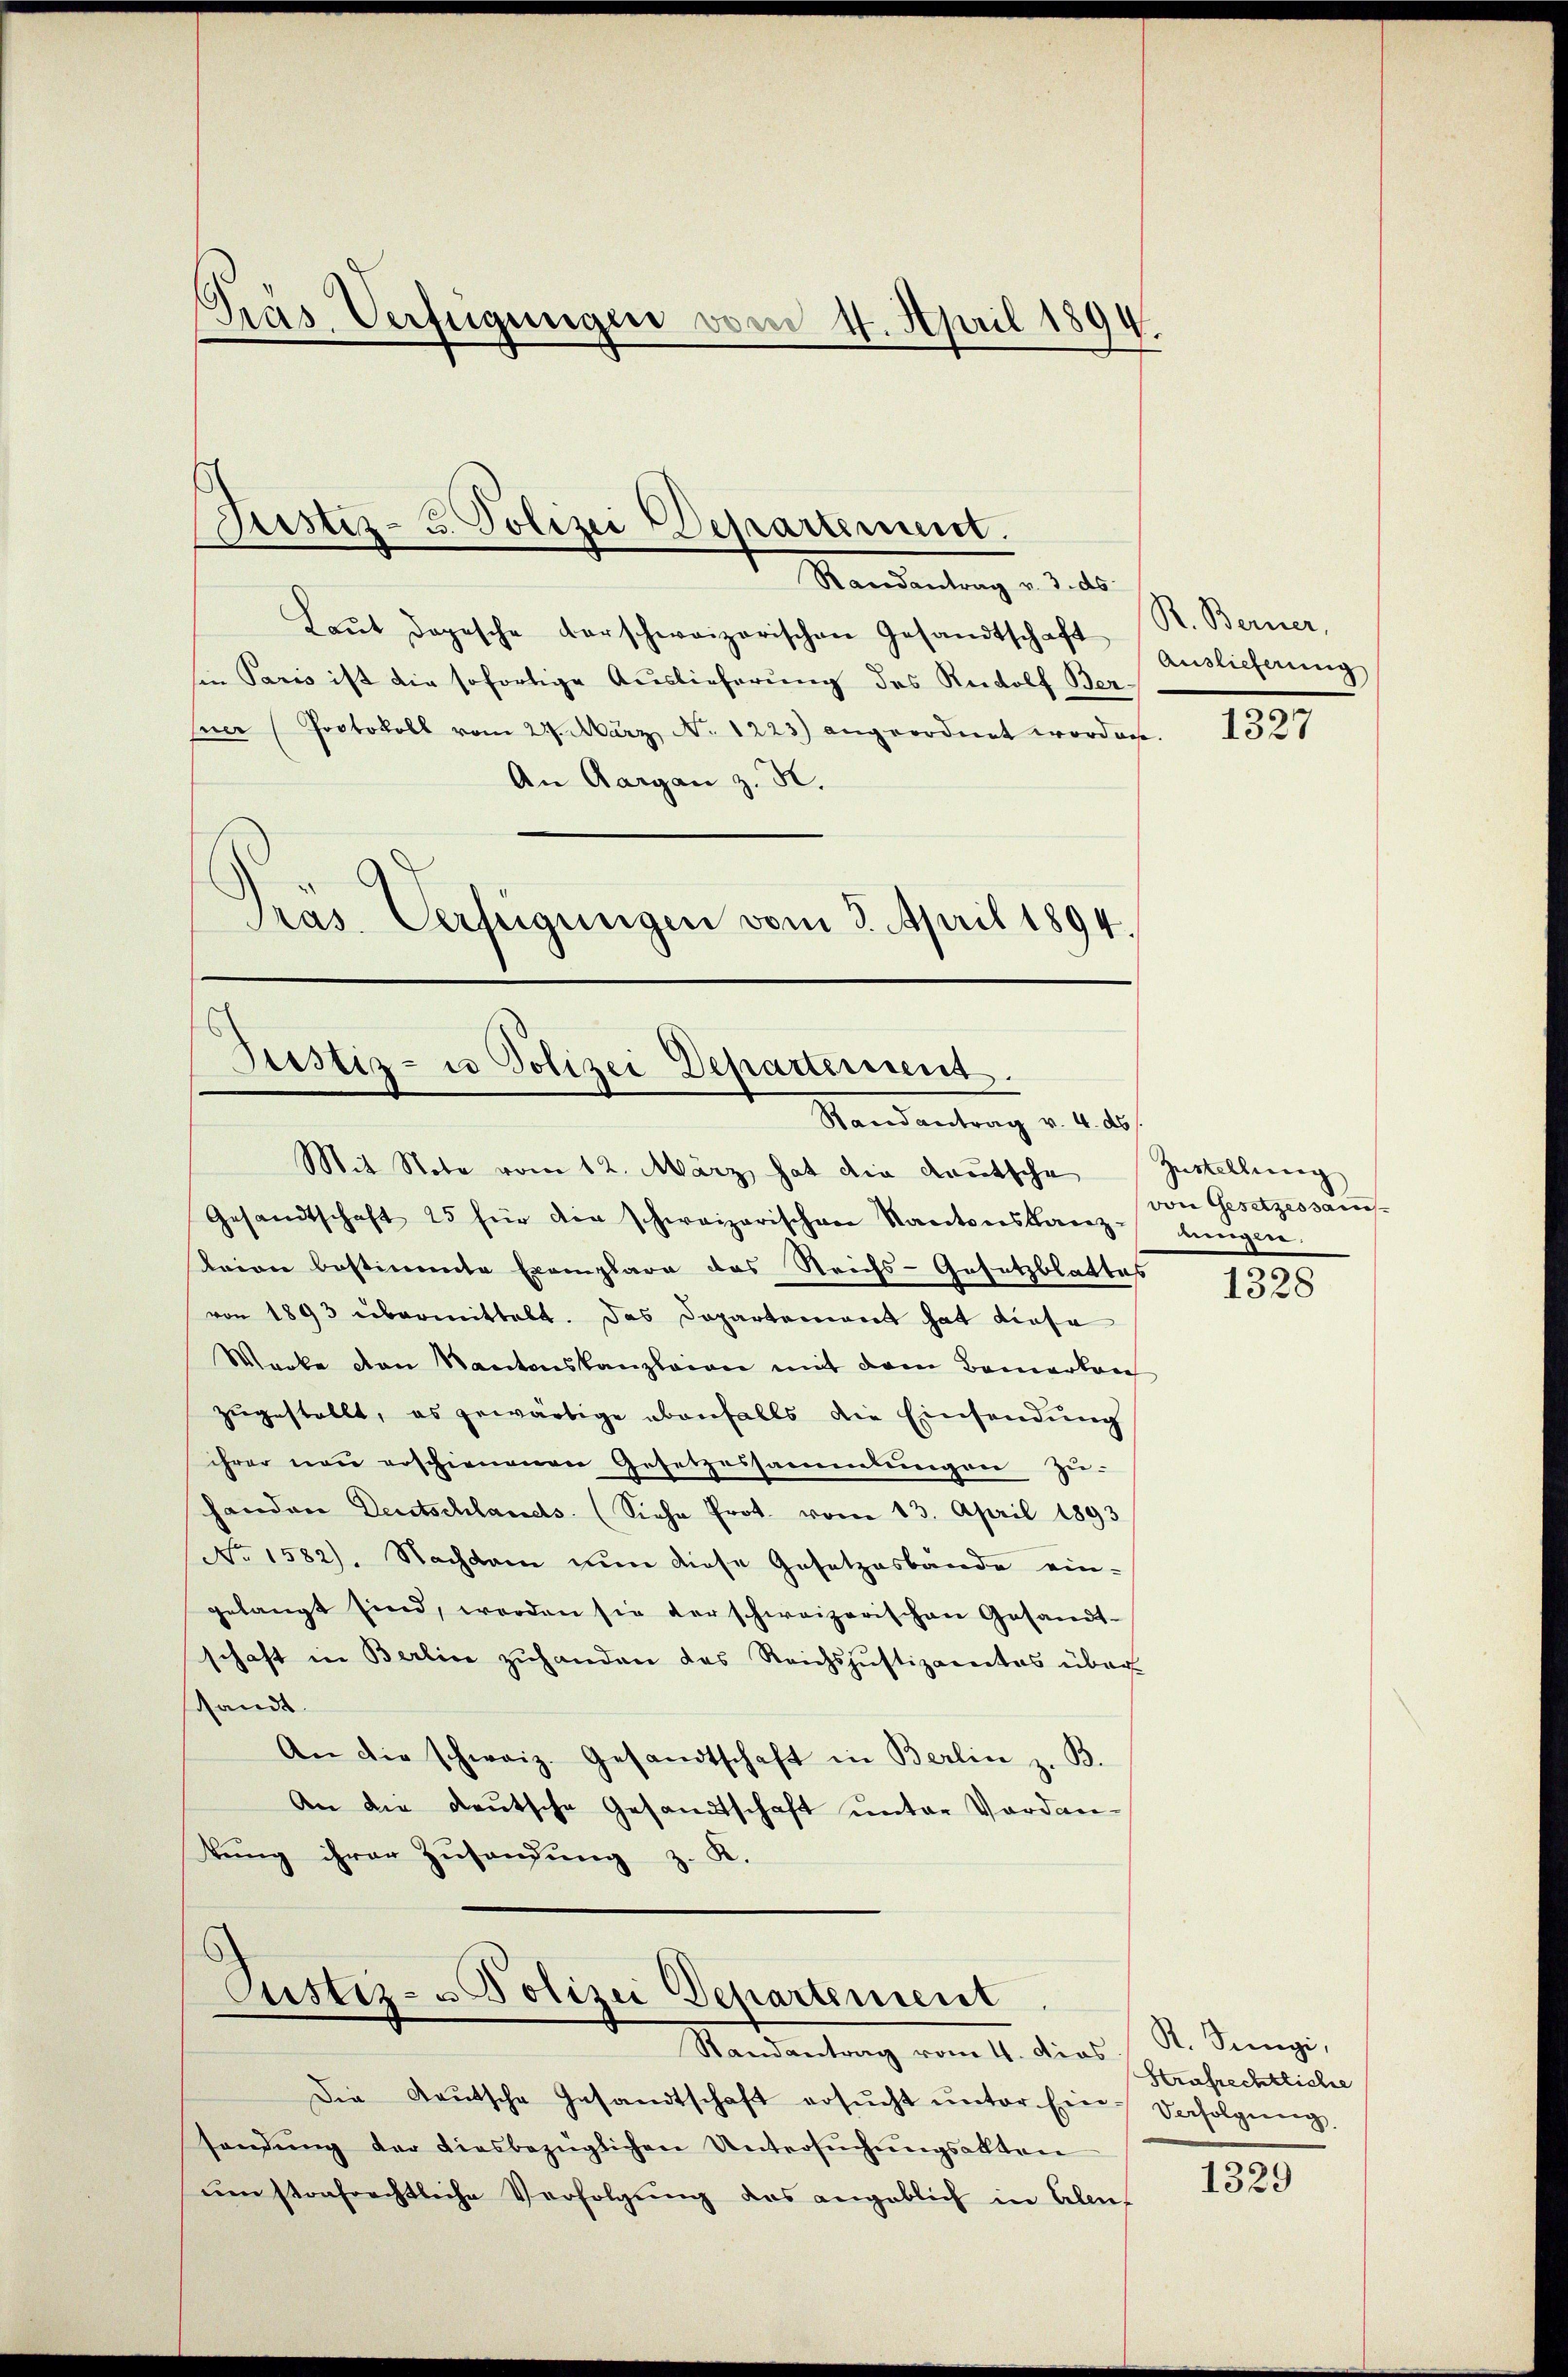
Mandantung d. d.
Laut dopesche vorschweizerischen Gesandtschaft
in Paris ist die sofortige Auslieferung des Rudolf Ber-
Euer (Protokoll vom 27. März No. 1223) angeordnet worden.
An Aargau z. B.
Präs. Verfügungen vom 3. April 1894.

Pras Verfügungen vom 4. April 1894.

Justiz- u. Polizei Departement.

Mit Note vom 12. März hat die Kautsche Zustellung
Gesandtschaft 25 für die schweizerischen Kantonskanz
Baion bestimmte Exemplare das Reichs-Gesetzblattes
von 1893 übermittelt. Das Departement hat diese
Werke von Kantonskanzleien mit dem Bemerkan
zŭgestellt, es gewärtige ebenfalls die Einsendŭng
ihrer neŭ erschienenen Gesetzessammlungen zu-
handen Deutschlands (Siehe Prot. vom 13. April 1893
No 1582). Nachdem nun diese Gesetzesbände ein-
gelangt sind, werden sie der schweizerischen Gesandt-
schaft in Berlin zuhanden das Reichsjustizamtes über
shandt.
An die schweiz. Gesandtschaft in Berlin z. B.
An die deutsche Gesandtschaft unter Vordan-
tung ihrer Zusendung z. K.

Justiz- u Polizei Departement.
Standentrag v. 4. d.

Ctistiz- & Polizei Departement

Randantrag vom 4. dies St. Jüngi,
Die Gautsche Gesandtschaft ersŭcht ŭnter Ein-Verfolgung,
sandung der diesbezüglichen Untersuchungsakten
umstrafrechtliche Verfolgung das angeblich in Elen-

R. Berner,
Auslieferung

1327

von Gesetzessameslungen.
1328

1329

Strafrechtliche